Leaving Certificate Examination (including Day School Certificate (Higher) General paper), 1932
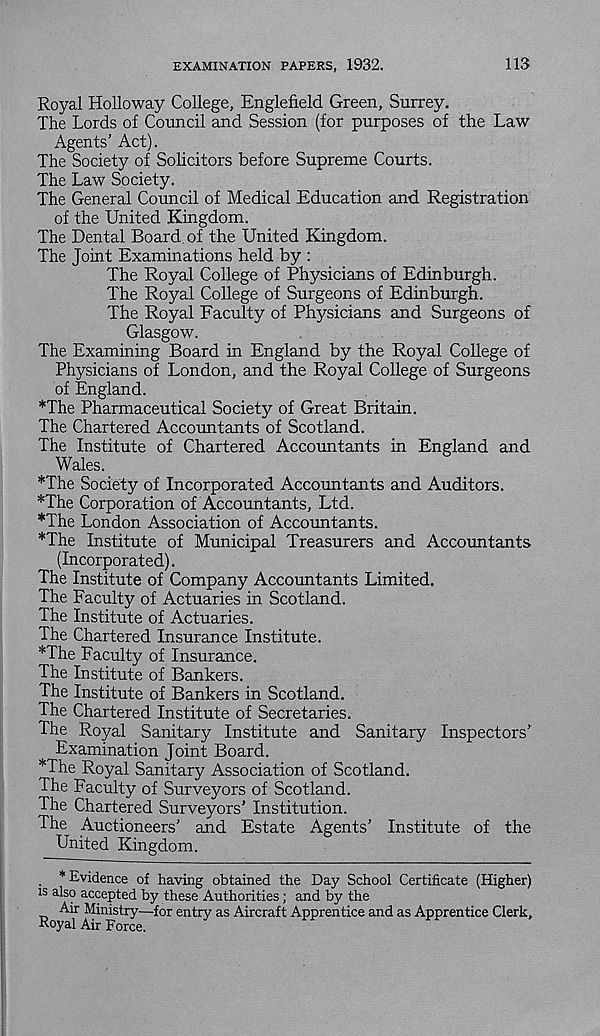
EXAMINATION PAPERS, 1932.
113
Royal Holloway College, Englefield Green, Surrey.
The Lords of Council and Session (for purposes of the Law
Agents’ Act).
The Society of Solicitors before Supreme Courts.
The Law Society.
The General Council of Medical Education and Registration
of the United Kingdom.
The Dental Board of the United Kingdom.
The Joint Examinations held by :
The Royal College of Physicians of Edinburgh.
The Royal College of Surgeons of Edinburgh.
The Royal Faculty of Physicians and Surgeons of
Glasgow.
The Examining Board in England by the Royal College of
Physicians of London, and the Royal College of Surgeons
of England.
*The Pharmaceutical Society of Great Britain.
The Chartered Accountants of Scotland.
The Institute of Chartered Accountants in England and
Wales.
*The Society of Incorporated Accountants and Auditors.
*The Corporation of Accountants, Ltd.
*The London Association of Accountants.
*The Institute of Municipal Treasurers and Accountants
(Incorporated).
The Institute of Company Accountants Limited.
The Faculty of Actuaries in Scotland.
The Institute of Actuaries.
The Chartered Insurance Institute.
*The Faculty of Insurance.
The Institute of Bankers.
The Institute of Bankers in Scotland.
The Chartered Institute of Secretaries.
The Royal Sanitary Institute and Sanitary Inspectors’
Examination Joint Board.
*The Royal Sanitary Association of Scotland.
The Faculty of Surveyors of Scotland.
The Chartered Surveyors’ Institution.
The Auctioneers’ and Estate Agents’ Institute of the
United Kingdom.
’"Evidence of having obtained the Day School Certificate (Higher)
is also accepted by these Authorities; and by the
Air Ministry—for entry as Aircraft Apprentice and as Apprentice Clerk,
Royal Air Force.